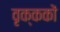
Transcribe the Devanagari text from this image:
वृक्ककों